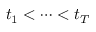
t _ { 1 } < \dots < t _ { T }